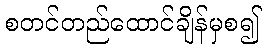
စတင်တည်ထောင်ချိန်မှစ၍